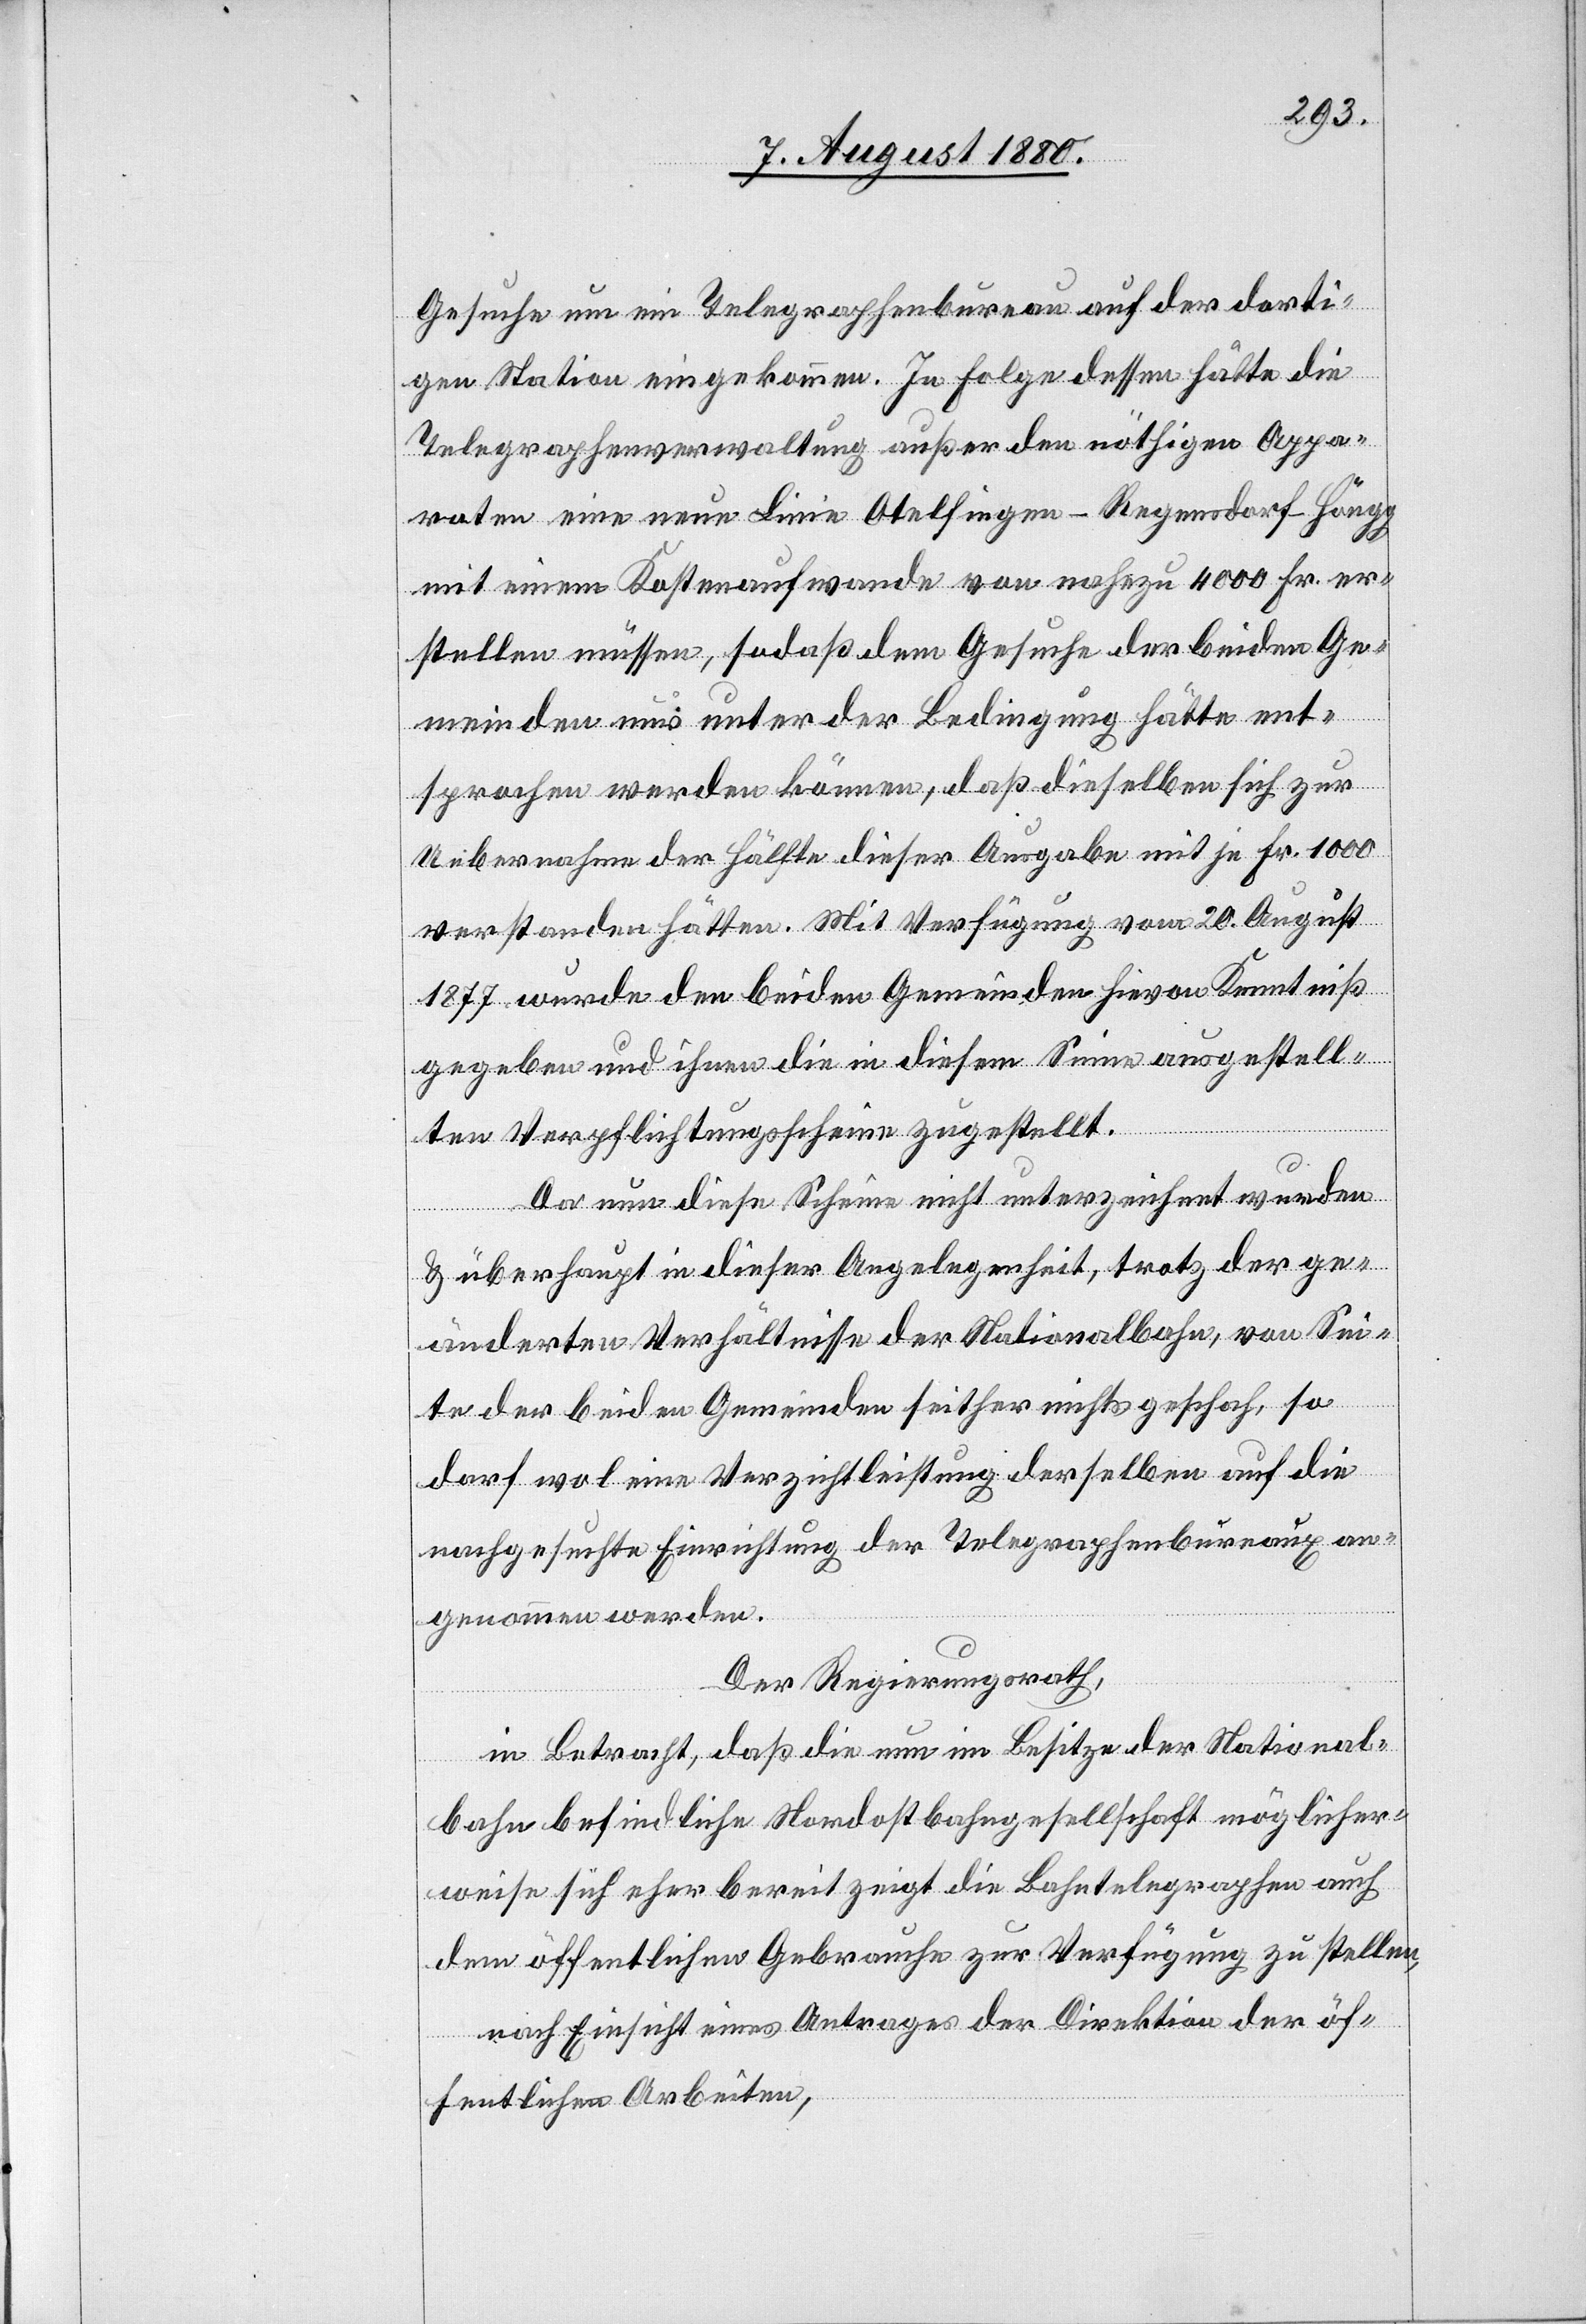
Gesuche um ein Telegraphenbureau auf der dorti¬
gen Station eingekommen. In Folge dessen hätte die
Telegraphenverwaltung außer den nöthigen Appa¬
raten eine Linie Otelfingen–Regensdorf–Höngg
mit einem Kostenaufwande von nahezu 4000 Fr. er¬
stellen müssen, sodaß dem Gesuche der beiden Ge¬
meinden nur unter der Bedingung hätte ent¬
sprochen werden können, daß dieselben sich zur
Uebernahme der Hälfte dieser Ausgabe mit je Fr. 1000
verstanden hätten. Mit Verfügung vom 20. August
1877 wurde den beiden Gemeinden hievon Kenntniß
gegeben und ihnen die in diesem Sinne ausgestell¬
ten Verpflichtungsscheine zugestellt.
Da nun diese Scheine nicht unterzeichnet wurden
& überhaupt in dieser Angelegenheit, trotz der ge¬
änderten Verhältnisse der Nationalbahn, von Sei¬
te der beiden Gemeinden seither nichts geschah, so
darf wol eine Verzichtleistung derselben auf die
nachgesuchte Einrichtung der Telegraphenbureaux an¬
genommen werden.
Der Regierungsrath,
in Betracht, daß die nun im Besitze der National¬
bahn befindliche Nordostbahngesellschaft möglicher¬
weise sich eher bereit zeigt die Bahntelegraphen auch
dem öffentlichen Gebrauche zur Verfügung zu stellen,
nach Einsicht eines Antrages der Direktion der öf¬
fentlichen Arbeiten,